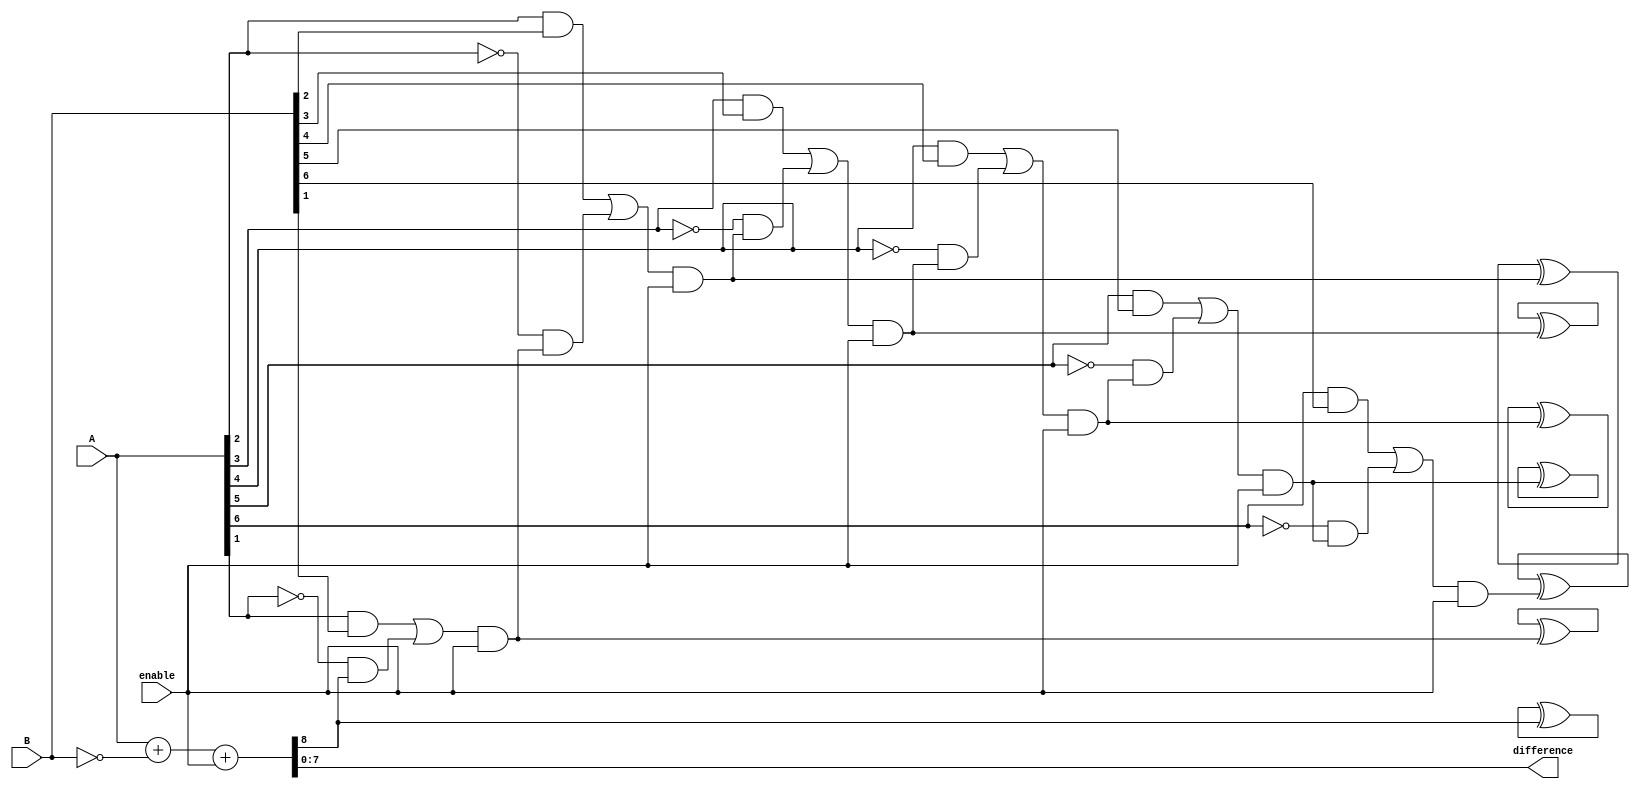
module ripple_carry_subtractor(
    input [7:0] A,
    input [7:0] B,
    input enable,
    output [7:0] difference
);

wire [8:0] sum;
wire [7:0] borrow;

assign sum = A + ~B + enable;
assign difference = sum[7:0];
assign borrow[0] = sum[8];

genvar i;
generate
    for(i=1; i<8; i=i+1) begin
        assign borrow[i] = ((A[i] & B[i]) | (~A[i] & borrow[i-1])) & enable;
        assign difference[i] = sum[i] ^ borrow[i-1];
    end
endgenerate

endmodule